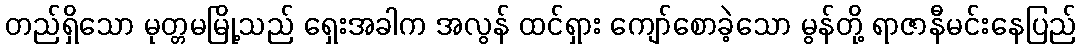
တည်ရှိသော မုတ္တမမြို့သည် ရှေးအခါက အလွန် ထင်ရှား ကျော်စောခဲ့သော မွန်တို့ ရာဇာနီမင်းနေပြည်